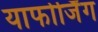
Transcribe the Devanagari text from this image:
याफोर्जिंग